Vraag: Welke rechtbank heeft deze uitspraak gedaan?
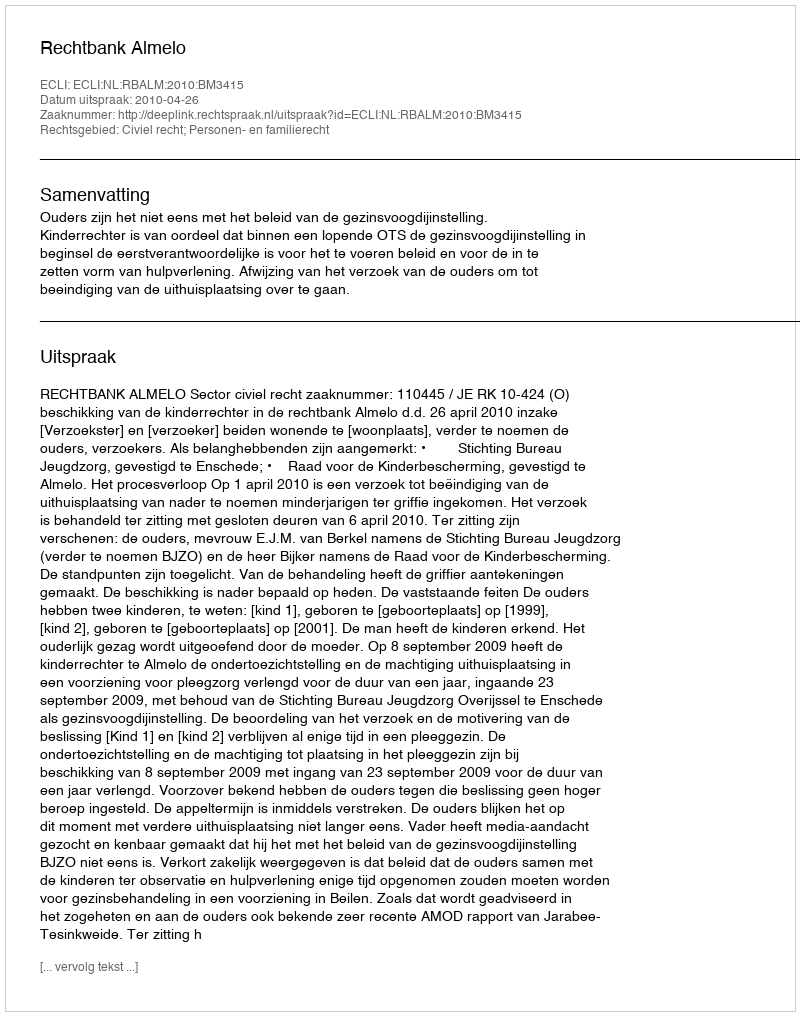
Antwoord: Rechtbank Almelo